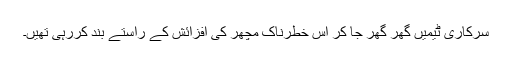
سرکاری ٹیمیں گھر گھر جا کر اس خطرناک مچھر کی افزائش کے راستے بند کررہی تھیں۔